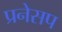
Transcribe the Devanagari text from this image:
प्रनेसप